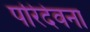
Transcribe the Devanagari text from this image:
परिदेवना